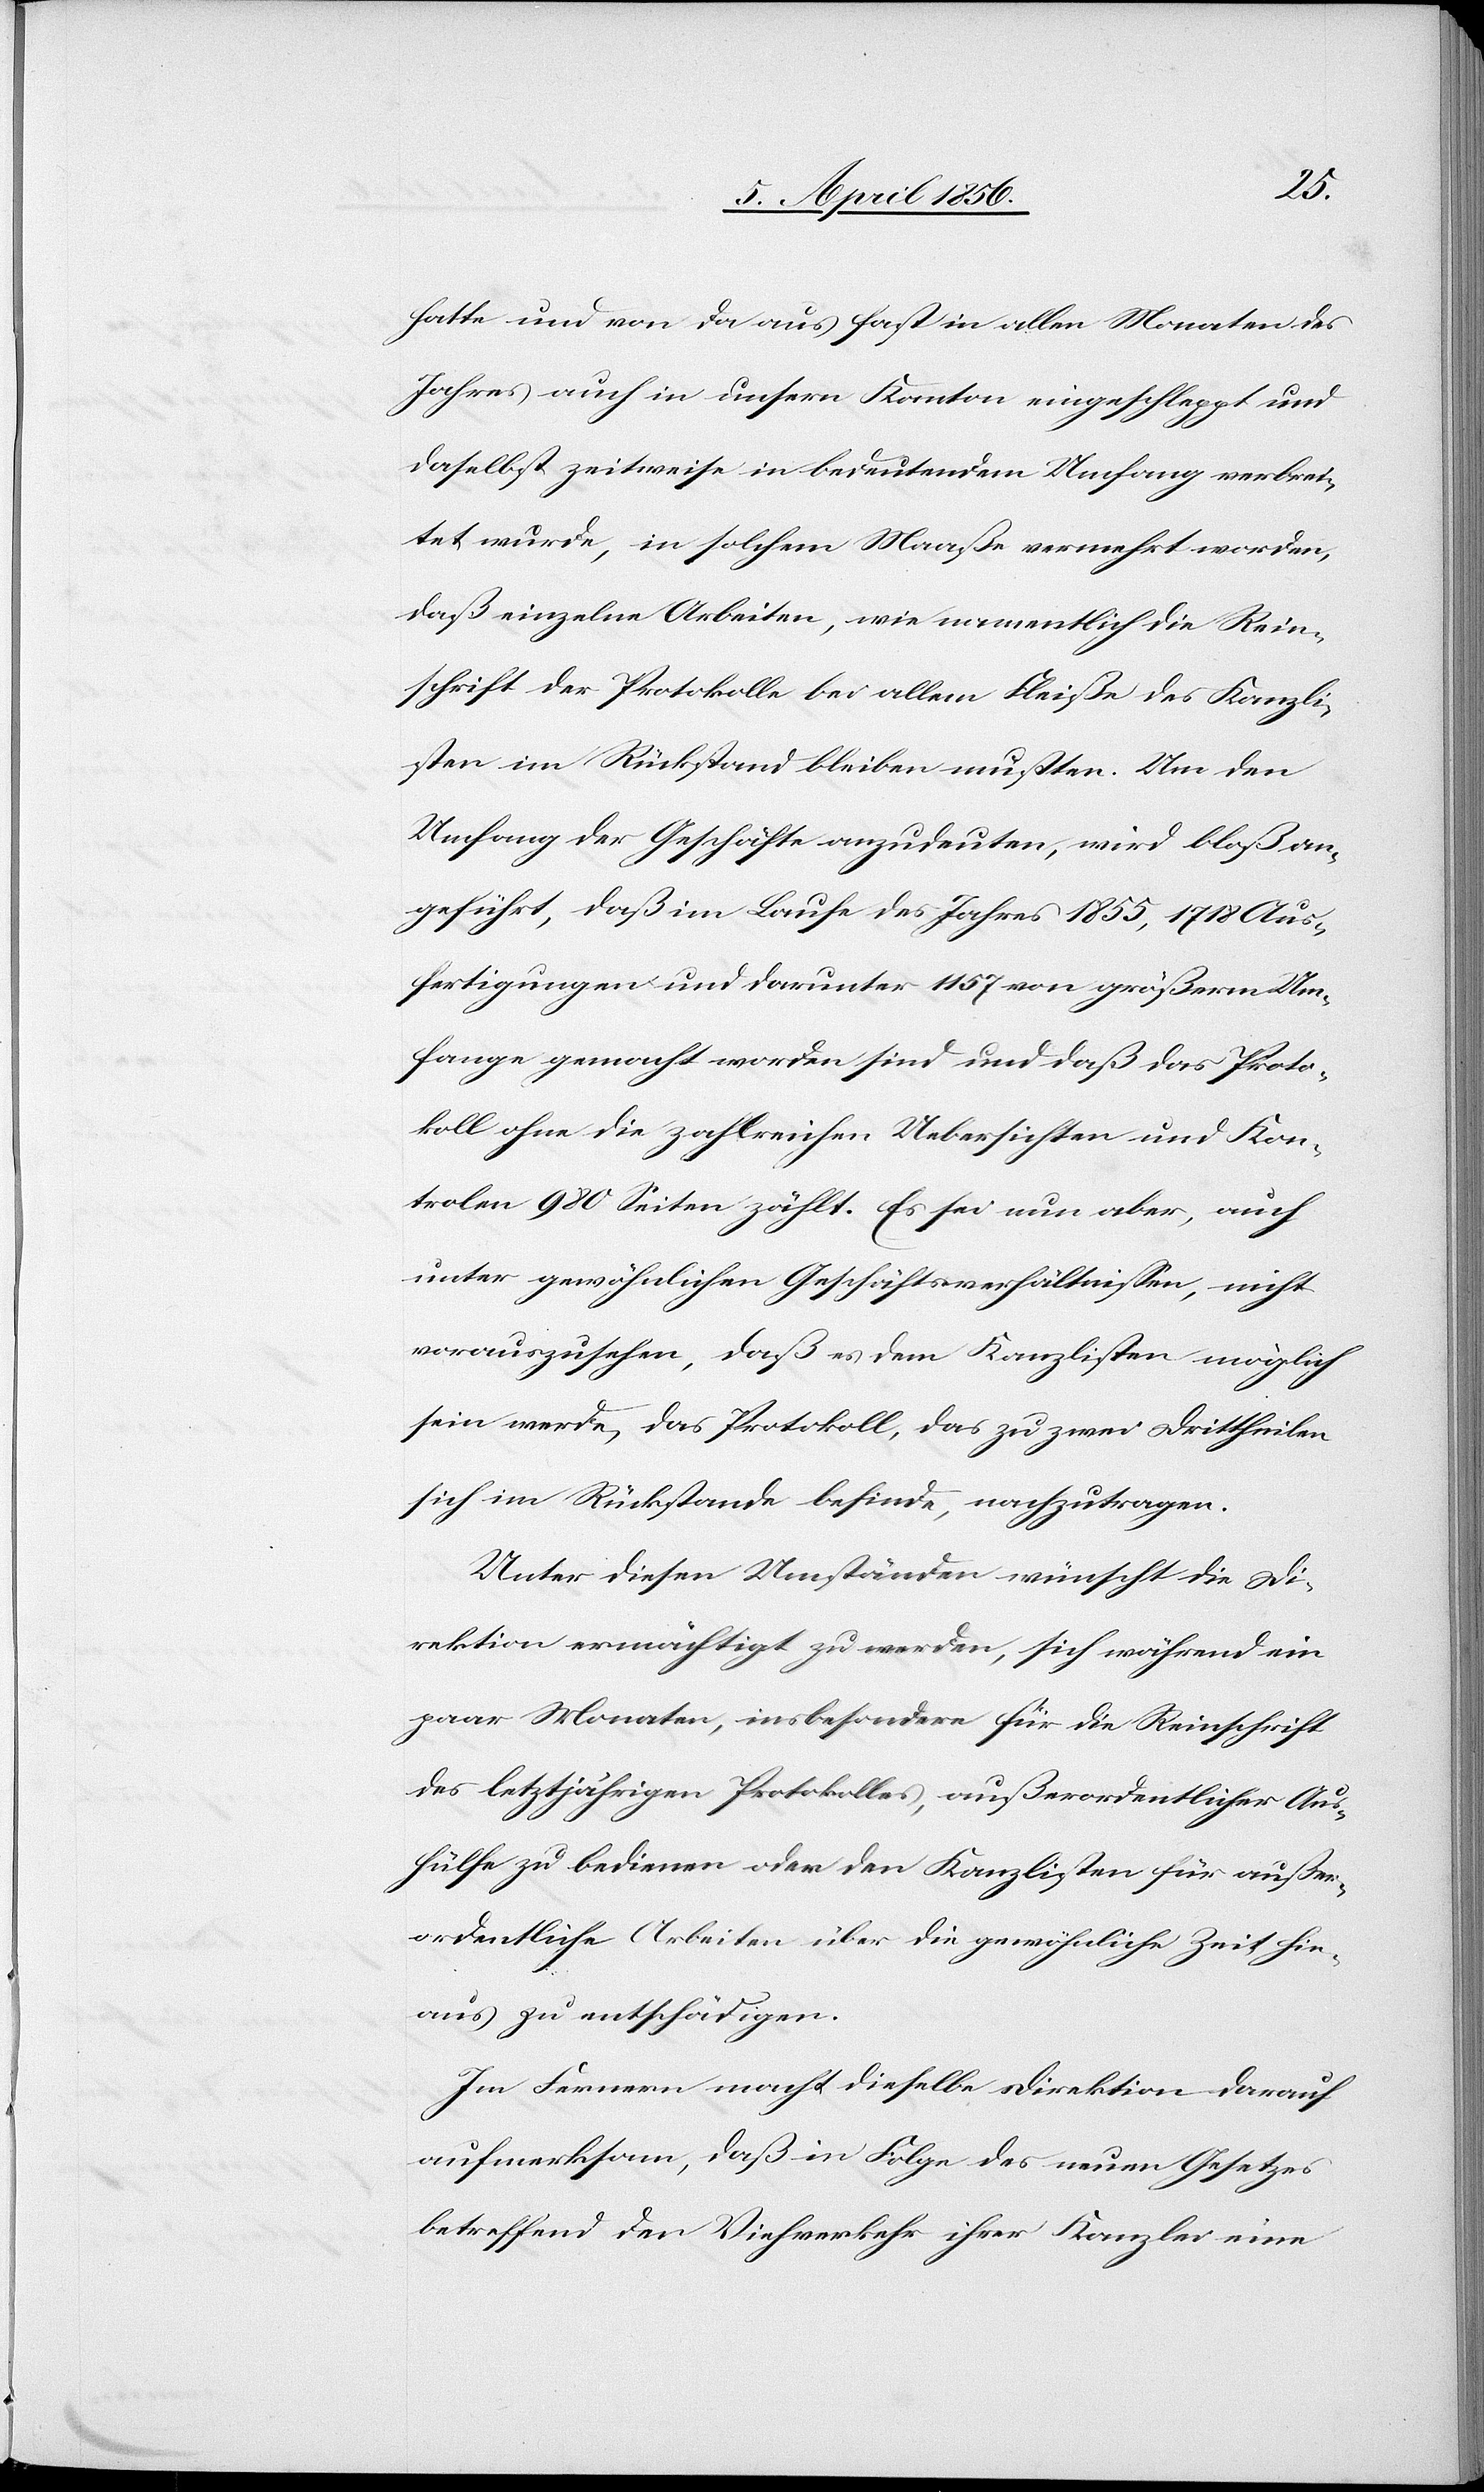
hatte und von da aus fast in allen Monaten des
Jahres auch in unsern Kanton eingeschleppt und
daselbst zeitweise in bedeutenden Umfang verbrei¬
tet wurde, in solchem Maaße vermehrt worden,
daß einzelne Arbeiten, wie namentlich die Rein¬
schrift der Protokolle bei allem Fleiße des Kanzli¬
sten im Rückstand bleiben mußten. Um den
Umfang der Geschäfte anzudeuten, wird bloß an¬
geführt, daß im Laufe des Jahres 1855, 1718 Aus¬
fertigungen und darunter 1157 von größerm Um¬
fange gemacht worden sind und daß das Proto¬
koll ohne die zahlreichen Uebersichten und Kon¬
trolen [sic!] 980 Seiten zählt. Es sei nun aber, auch
unter gewöhnlichen Geschäftsverhältnissen, nicht
vorauszusehen, daß es dem Kanzlisten möglich
sein werde, das Protokoll, das zu zwei Drittheilen
sich im Rückstand befinde, nachzutragen.
Unter diesen Umständen wünscht die Di¬
rektion ermächtigt zu werden, sich während ein
paar Monaten, insbesondere für die Reinschrift
des letztjährigen Protokolles, außerordentlicher Aus¬
hülfe zu bedienen oder den Kanzlisten für außer¬
ordentliche Arbeiten über die gewöhnliche Zeit hin¬
aus zu entschädigen.
Im Fernern macht dieselbe Direktion darauf
aufmerksam, daß in Folge des neuen Gesetzes
betreffend der Viehverkehr ihrer Kanzlei eine